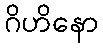
ဂိဟိနော